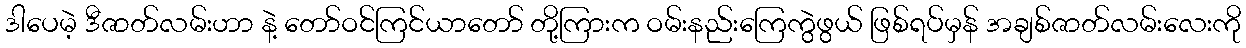
ဒါပေမဲ့ ဒီဇာတ်လမ်းဟာ နဲ့ တော်ဝင်ကြင်ယာတော် တို့ကြားက ဝမ်းနည်းကြေကွဲဖွယ် ဖြစ်ရပ်မှန် အချစ်ဇာတ်လမ်းလေးကို